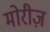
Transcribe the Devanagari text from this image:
मोरीज़